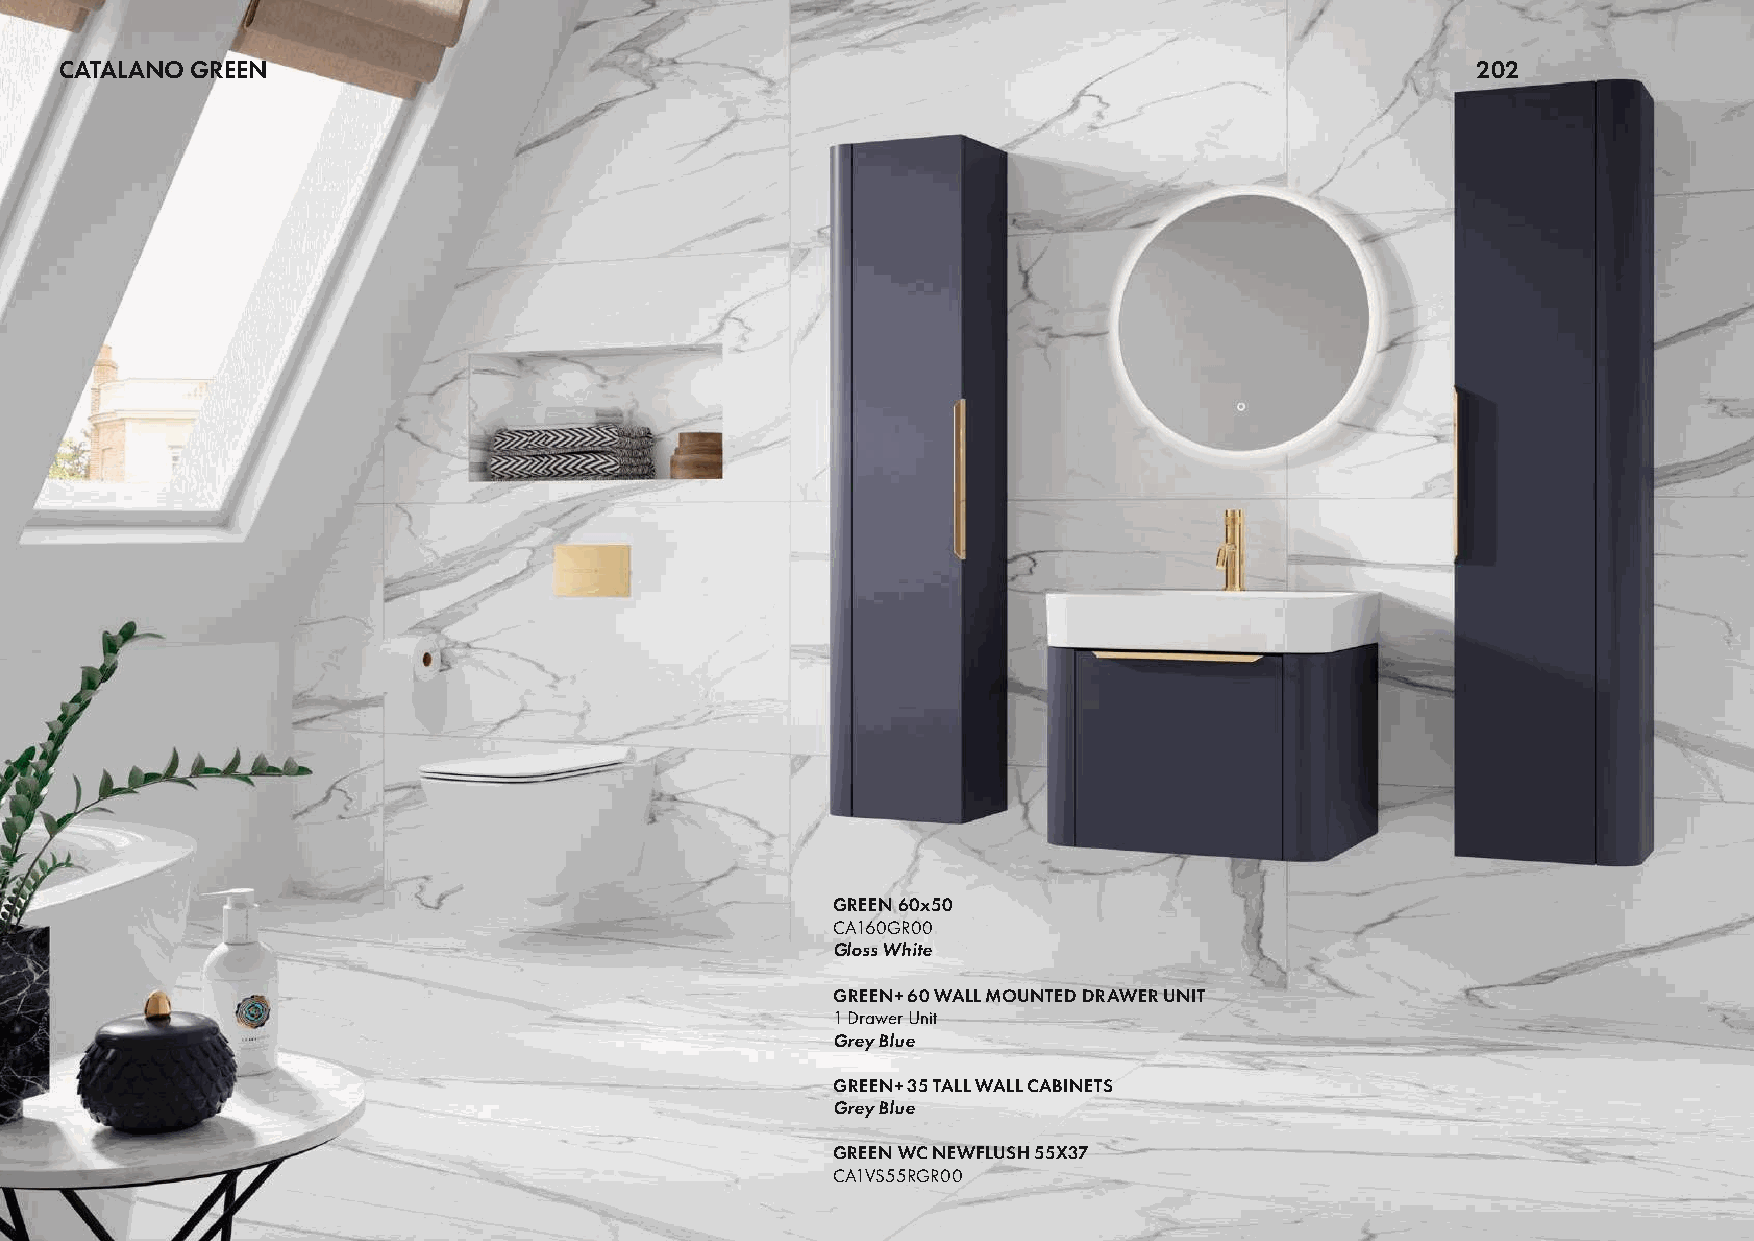
CATALANO GREEN                                                                                202
 GREEN 60x50
 CA160GR00
 Gloss White
 GREEN+ 60 WALL MOUNTED DRAWER UNIT
 1 Drawer Unit
 Grey Blue
 GREEN+ 35 TALL WALL CABINETS
 Grey Blue
 GREEN WC NEWFLUSH 55X37
 CA1VS55RGR00